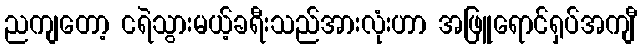
ညကျတော့ ငရဲသွားမယ့်ခရီးသည်အားလုံးဟာ အဖြူရောင်ရှပ်အကျီ